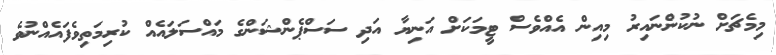
މިމެޗަށް ނުކުންނައިރު މިއިން އެއްވެސް ޓީމަކަށް އަނިޔާ އަދި ސަސްޕެންޝަންގެ މައްސަލައެއް ކުރިމަތިވެފައެއްނުވެ